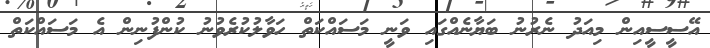
އޭސީސީއިން މިއަދު ނެރުނު ބަޔާނެއްގައި ވަނީ މަސައްކަތް ހަވާލުކުރެވުނު ކުންފުނިން އެ މަސައްކަތް